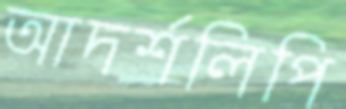
আদর্শলিপি